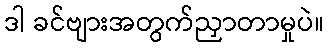
ဒါ ခင်ဗျားအတွက်ညှာတာမှုပဲ။